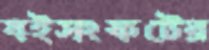
বইসংকটের